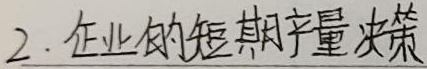
2. 企业的短期产量决策